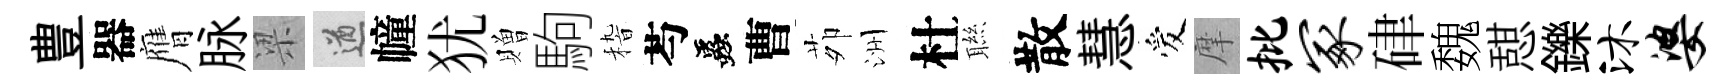
豊器膺脉梁遒幢犹贈駒𥟵芍蟲曹茆洲杜聮散慧爱摩批冢硉魏憇鑠沐婆